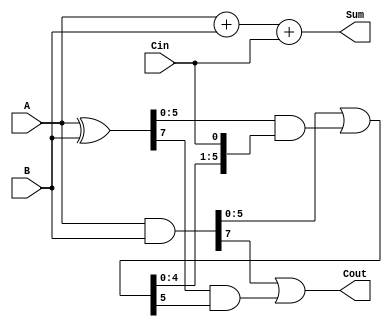
module carry_skip_adder (
  input wire [7:0] A,
  input wire [7:0] B,
  input wire Cin,
  output wire [7:0] Sum,
  output wire Cout,
);

wire [7:0] P, G, C;

// Generate and propagate signals
assign P = A ^ B;
assign G = A & B;
assign C[0] = Cin;
assign C[7:1] = G[6:0] | (P[6:0] & C[6:0]);

// Ripple carry adder with carry lookahead logic
assign Sum = A + B + Cin;
assign Cout = G[7] | (P[7] & C[6]);

endmodule